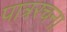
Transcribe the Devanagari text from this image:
पात्ररचना